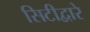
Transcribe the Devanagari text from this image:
सिटीद्वारे